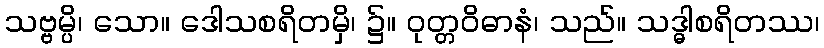
သဗ္ဗမ္ပိ၊ သော။ ဒေါသစရိတမှိ၊ ၌။ ဝုတ္တဝိဓာနံ၊ သည်။ သဒ္ဓါစရိတဿ၊